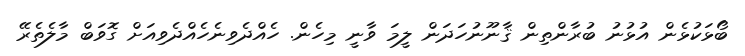
ބޯޅަކުޅެން އުޅުނު ބުރާންތިން ޤާނޫނުހަދަން ލީމަ ވާނީ މިހެން. ހެއްދެވިނެހެއްދެވިއަށް ގޮވަބް މާލެތެރޭ